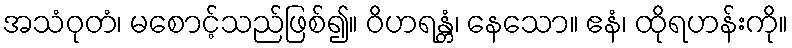
အသံဝုတံ၊ မစောင့်သည်ဖြစ်၍။ ဝိဟရန္တံ၊ နေသော။ ဧနံ၊ ထိုရဟန်းကို။